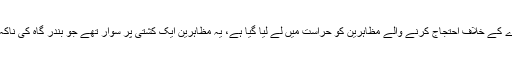
غزہ کی محصور پٹی کے محاصرے کے خلاف احتجاج کرنے والے مظاہرین کو حراست میں لے لیا گیا ہے، یہ مظاہرین ایک کشتی پر سوار تھے جو بندر گاہ کی ناکہ بندی توڑنے کے لیے نکلے تھے۔